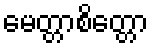
မေတ္တာစိတ္တော